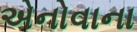
એનોવાના